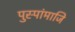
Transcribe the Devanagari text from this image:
पुस्पांमाजि